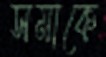
সমাকে